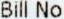
BILL NO